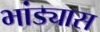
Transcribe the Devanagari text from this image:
भांड्यास